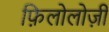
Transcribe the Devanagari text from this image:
फ़िलोलोज़ी